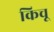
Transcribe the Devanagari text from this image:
किचू